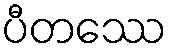
ပီတဿေ